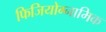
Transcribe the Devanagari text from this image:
फिजियोग्नामिक